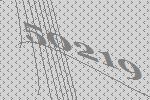
50219